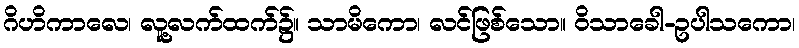
ဂိဟိကာလေ၊ လူ့လက်ထက်၌။ သာမိကော၊ လင်ဖြစ်သော။ ဝိသာခေါ-ဥပါသကော၊